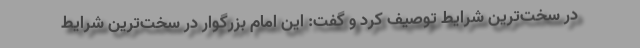
در سخت‌ترین شرایط توصیف کرد و گفت:‌ این امام بزرگوار در سخت‌ترین شرایط